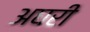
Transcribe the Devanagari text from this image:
अघरी